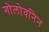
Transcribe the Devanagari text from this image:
गोलोवनिन